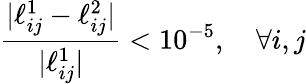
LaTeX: \frac{|\ell_{ij}^{1}-\ell_{ij}^{2}|}{|\ell_{ij}^{1}|}<10^{-5},\quad\forall i,j